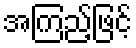
အကြည့်ဖြင့်